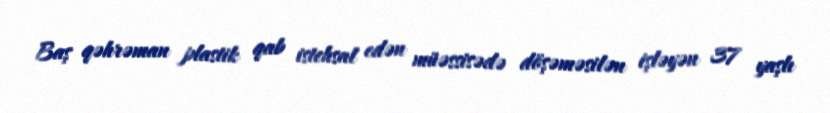
Baş qəhrəman plastik qab istehsal edən müəssisədə döşəməsilən işləyən 37 yaşlı